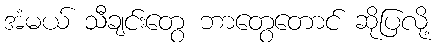
အံမယ် သီချင်းတွေ ဘာတွေတောင် ဆိုပြလို့